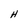
Character: H